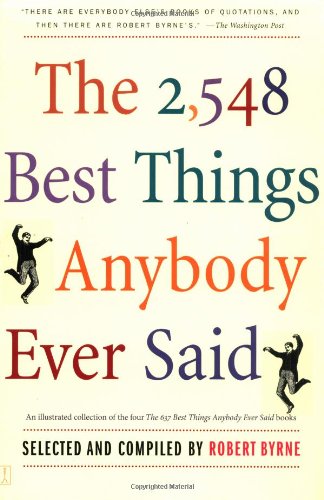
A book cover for The 2,548 Best Things Anybody Ever Said; Robert Byrne; Reference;